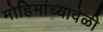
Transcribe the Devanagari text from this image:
मोहिमांच्यावेळी